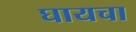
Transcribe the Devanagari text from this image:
घायचा